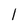
Character: l